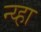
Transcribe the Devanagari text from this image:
न्य्हा